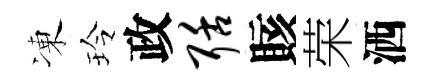
凍玲政聒賅荣洒